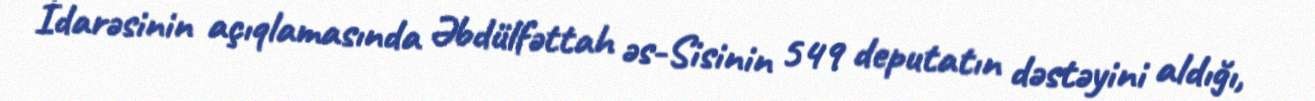
İdarəsinin açıqlamasında Əbdülfəttah əs-Sisinin 549 deputatın dəstəyini aldığı,